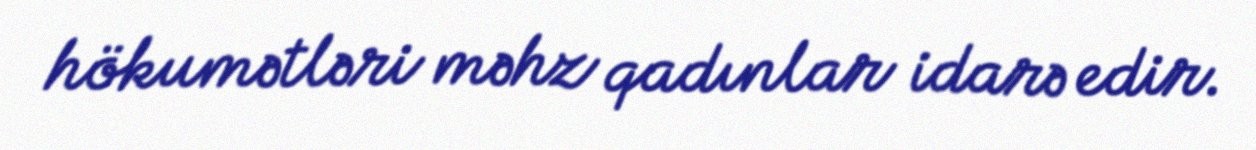
hökumətləri məhz qadınlar idarə edir.